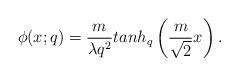
LaTeX: \begin{align*}\phi (x;q) = \frac{m}{\lambda q^2}tanh_q\left(\frac{m}{\sqrt 2}x\right).\end{align*}